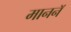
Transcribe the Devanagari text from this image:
माननॅ